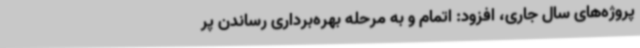
پروژه‌های سال جاری، افزود: اتمام و به مرحله بهره‌برداری رساندن پر